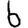
Digit: 6